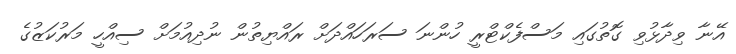
އޭނާ ވިދާޅުވި ގޮތުގައި މަސްފެކްޓްރީ ހުންނަ ސަރަހައްދަށް ރައްޔިތުން ނުދިއުމަށް ސިއްހީ މަރުކަޒުގެ